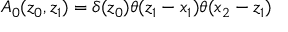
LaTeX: A _ { 0 } ( z _ { 0 } , z _ { 1 } ) = \delta ( z _ { 0 } ) \theta ( z _ { 1 } - x _ { 1 } ) \theta ( x _ { 2 } - z _ { 1 } )